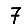
Digit: 7